Leaving Certificate Examination (including Day School Certificate (Higher) General paper), 1926
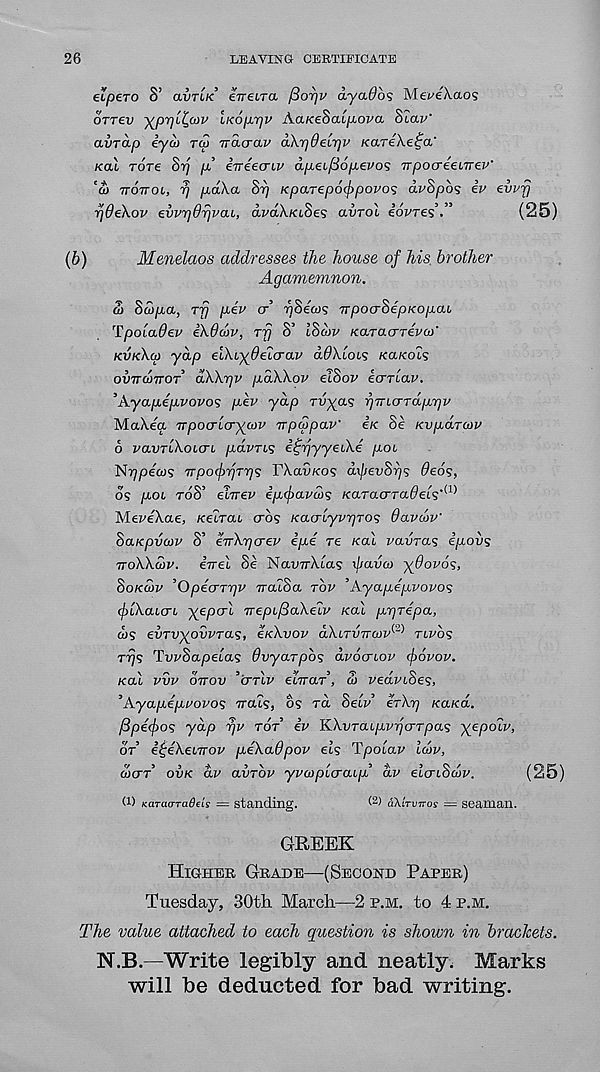
26
LEAVING CERTIFICATE
etpero S’ avriK eireiTa fiorjv d-yadbs Met'eA.aos
orrev ^prj'i^utv li<6pr]v Aa/ceSai/ioj'a Slav’
avrap iyco raj nra-crav dXrjOeLTjv KareXe^a.'
KCU Tore 8yj p! iiriecnv cxpeifiopevos TTpocreeLirev'
‘cb TTOTTOL, rj pdXa 8r] KpaTep6<f>povos dvSpbs iv evvfj
rjdtXov evvrjdrjvai, dmAiaSes avTol edvres’.”
(25)
(b)
Menelaos addresses the house of his brother
Agamemnon.
£> Sw/ia, ry p-iv a vSecos npocr8epKopaL
Tpoiadev iXdcov, Tjj S’ I8d>v KCLTao-Tevu)'
KVKXCO yap elXiydeZcrav dOXlois KUKOLS
OVVCOTTOT dXXrjv pdXXov el8ov ecrTiav.
\\.yapijLVOVOS jAv yap rv^as rjTno-rdprjV
MaXea TTpoo-lcryaiv Trpcppav' e/c Se KvpuxTcov
6 vavTiXoLcri p^avTis i^rjyyeiXe p.oi
N^pews TTpofrjTTjs VXavKos d\pev8rjs deos,
os piOb rdS’ elnev ipofavds K , aracrra0ets' (1)
Mei^eXae, Keirai crd? Kao-lyvrjTOs davcoV
8aKpvojv 8’ eirXr)creu ipe re KO.I vavras ipovs
TTOXXWV.
iirel 8e NauTrAias xpavco ydovos,
SOKCJV ’OpecrTrjv TrcuSa TOV ’Kyapepvovos
flXaicri yepcri TrepcfiaXeiv Kal prjrepa,
ws evTvyovvras, £KXVOV dXiTVTruv^ TLVOS
rrjs TwSapeias dvyarpbs avocriov fovov.
Kal vvv birov ’crrtv elrraT, £> vedvbSes,
'KyapepMOVos Trais, bs rd Sew’ erXr) /ca/cd.
fipefos ydp rjv TOT iv KXvTaLpvfcrTpas yepoiv,
OT i^eXebirov peXaOpov els Tpolav Idv,
C/35,\
3\
/
5->\
’O''
/r5;EI\
O)CTT OVK av CLVTOV yvcxipicraiji av eicnoajv.
(ZO)
G) KCLTauTaOtLs = standing.
G) aXiTviros = seaman.
GREEK
HIGHER GRADE—(SECOND PAPER)
Tuesday, 30th March—2 P.M. to 4 P.M.
The value attached to each question is shown in brackets.
N.B.—Write legibly and neatly, Marks
will be deducted for bad writing.